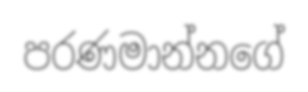
පරණමාන්නගේ